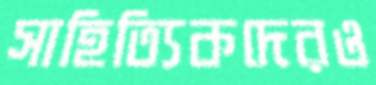
সাহিত্যিকদেরও